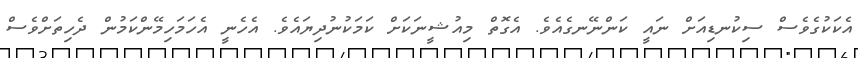
އެކަކުގެވެސް ސިކުނޑިއަށް ނައީ ކަންނޭނގެއެވެ. އެގޮތް މިއުޝީނަކަށް ކަމަކުނުދިޔައެވެ. އެހެނީ އެހަމަހިމޭންކަމުން ދެހިތަށްވެސް